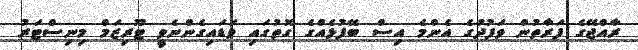
ރާއްޖޭގެ ފަރާތުން ވަފުދުގެ އެންމެ އިސް ބޭފުޅެއްގެ ގޮތުގައި ވަޑައިގެންނެވީ ޓޫރިޒަމް މިނިސްޓަރު